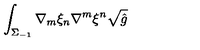
\int _ { \Sigma _ { - 1 } } \nabla _ { m } \xi _ { n } \nabla ^ { m } \xi ^ { n } \sqrt { \hat { g } }